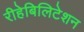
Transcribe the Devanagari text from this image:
रीहेबिलिटेशन